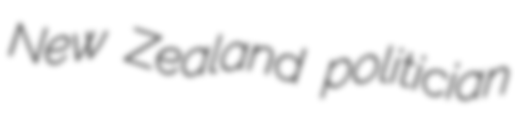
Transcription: New Zealand politician